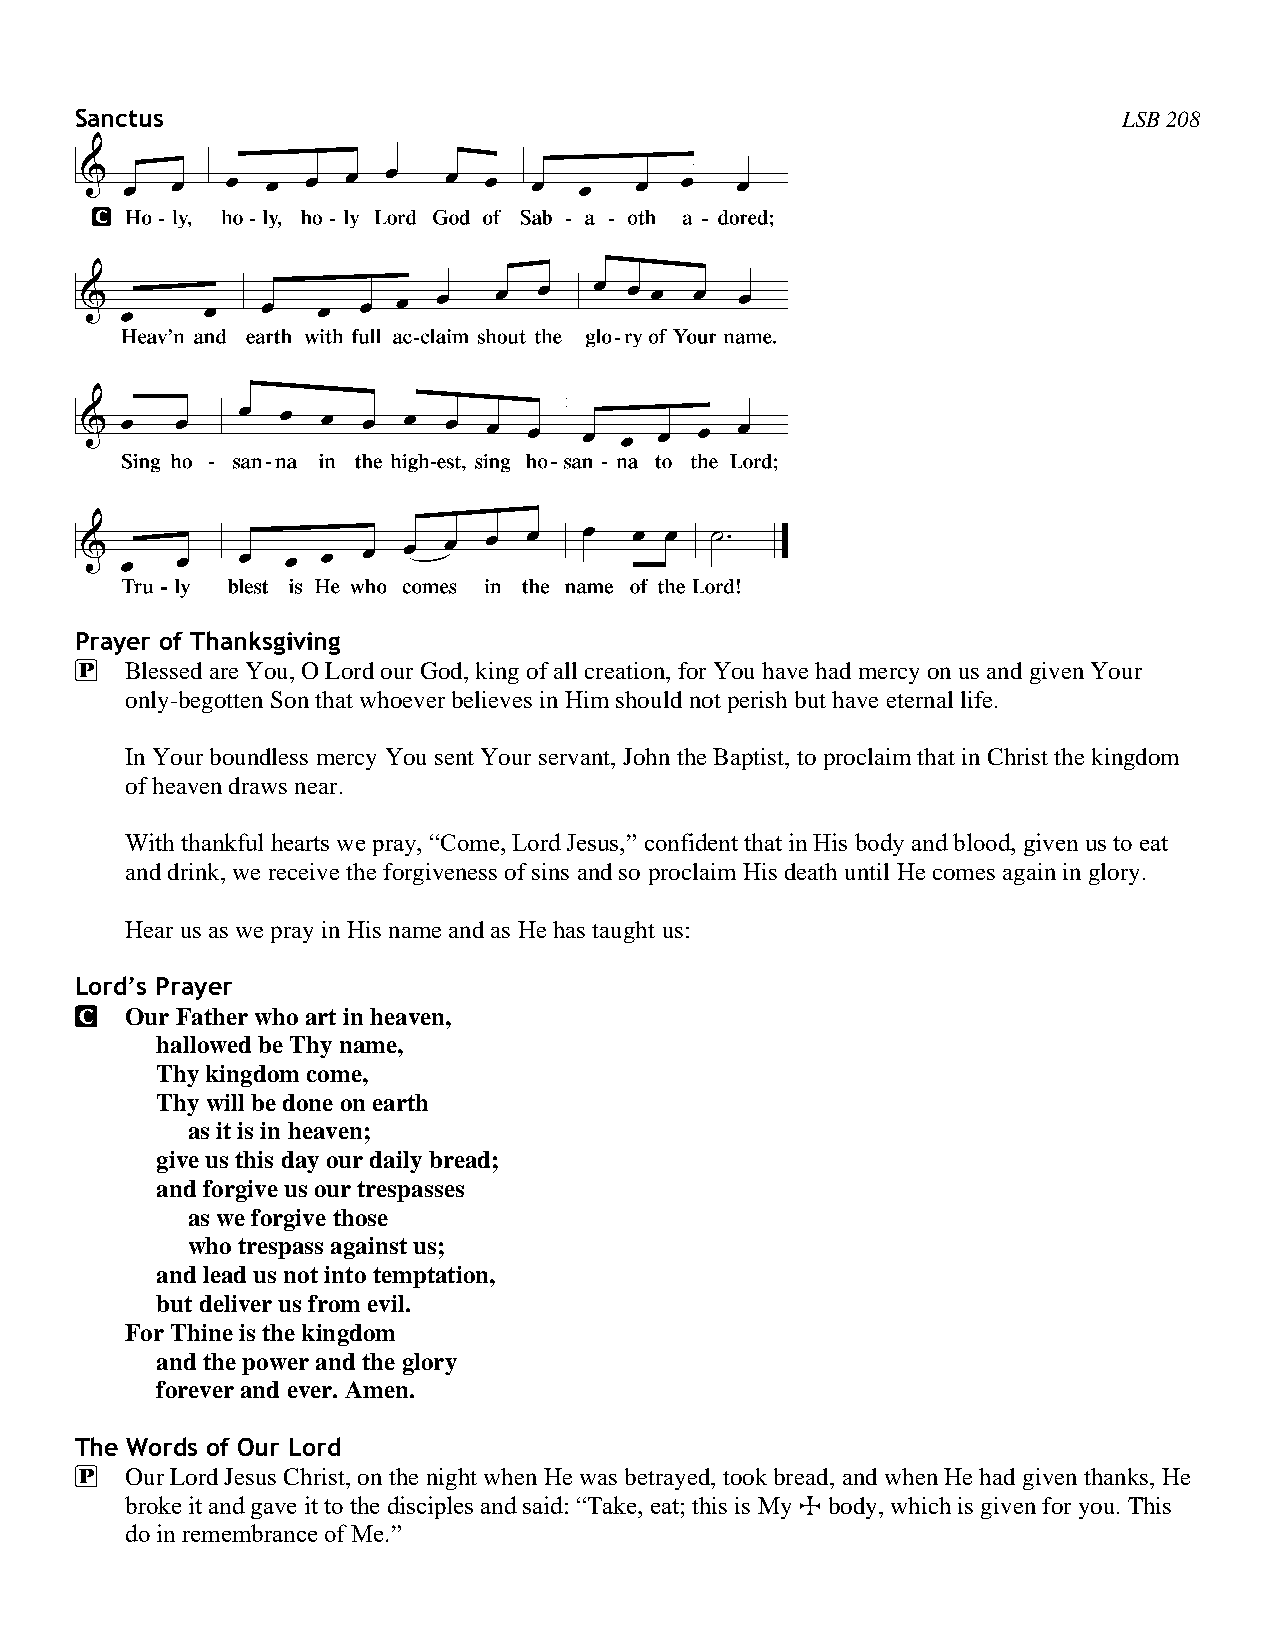
Sanctus                                                              LSB 208
 Prayer of Thanksgiving
 P  Blessed are You, O Lord our God, king of all creation, for You have had mercy on us and given Your
 only-begotten Son that whoever believes in Him should not perish but have eternal life.
 In Your boundless mercy You sent Your servant, John the Baptist, to proclaim that in Christ the kingdom
 of heaven draws near.
 With thankful hearts we pray, “Come, Lord Jesus,” confident that in His body and blood, given us to eat
 and drink, we receive the forgiveness of sins and so proclaim His death until He comes again in glory.
 Hear us as we pray in His name and as He has taught us:
 Lord’s Prayer
 C  Our Father who art in heaven,
 hallowed be Thy name,
 Thy kingdom come,
 Thy will be done on earth
 as it is in heaven;
 give us this day our daily bread;
 and forgive us our trespasses
 as we forgive those
 who trespass against us;
 and lead us not into temptation,
 but deliver us from evil.
 For Thine is the kingdom
 and the power and the glory
 forever and ever. Amen.
 The Words of Our Lord
 P  Our Lord Jesus Christ, on the night when He was betrayed, took bread, and when He had given thanks, He
 broke it and gave it to the disciples and said: “Take, eat; this is My T body, which is given for you. This
 do in remembrance of Me.”